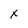
Character: x